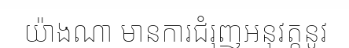
យ៉ាងណា មានការជំរុញអនុវត្តនូវ